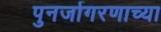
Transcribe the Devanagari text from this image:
पुनर्जागरणाच्या